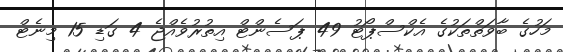
މަހުގެ ބާވަތްތަކުގެ އެކްސްޕޯޓު 49 ޕަސެންޓް އިތުރުވެއްޖެ 4 ގަޑި 15 މިނެޓް